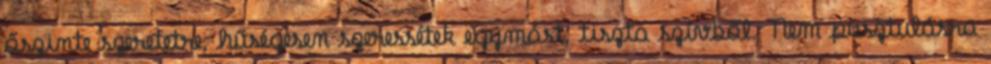
őszinte szeretetre, hűségesen szeressétek egymást, tiszta szívből. Nem pusztulásra